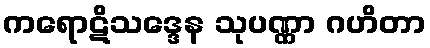
ကရောဋိသဒ္ဒေန သုပဏ္ဏာ ဂဟိတာ